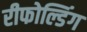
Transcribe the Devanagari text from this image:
रीफोल्डिंग